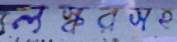
লস্করসহ